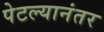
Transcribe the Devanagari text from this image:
पेटल्यानंतर